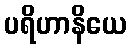
ပရိဟာနိယေ